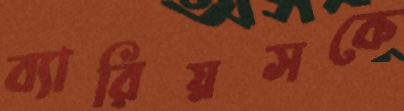
ব্যারিয়সকে